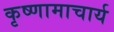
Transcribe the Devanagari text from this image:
कृष्णामाचार्य